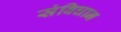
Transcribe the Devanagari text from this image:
संविघान